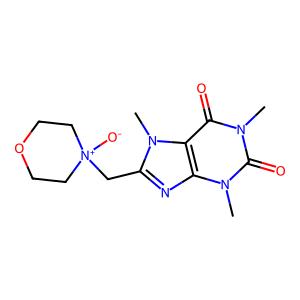
SMILES: Cn1c(=O)c2c(nc(C[N+]3([O-])CCOCC3)n2C)n(C)c1=O
Inhibits HIV replication: No